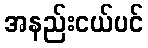
အနည်းငယ်ပင်